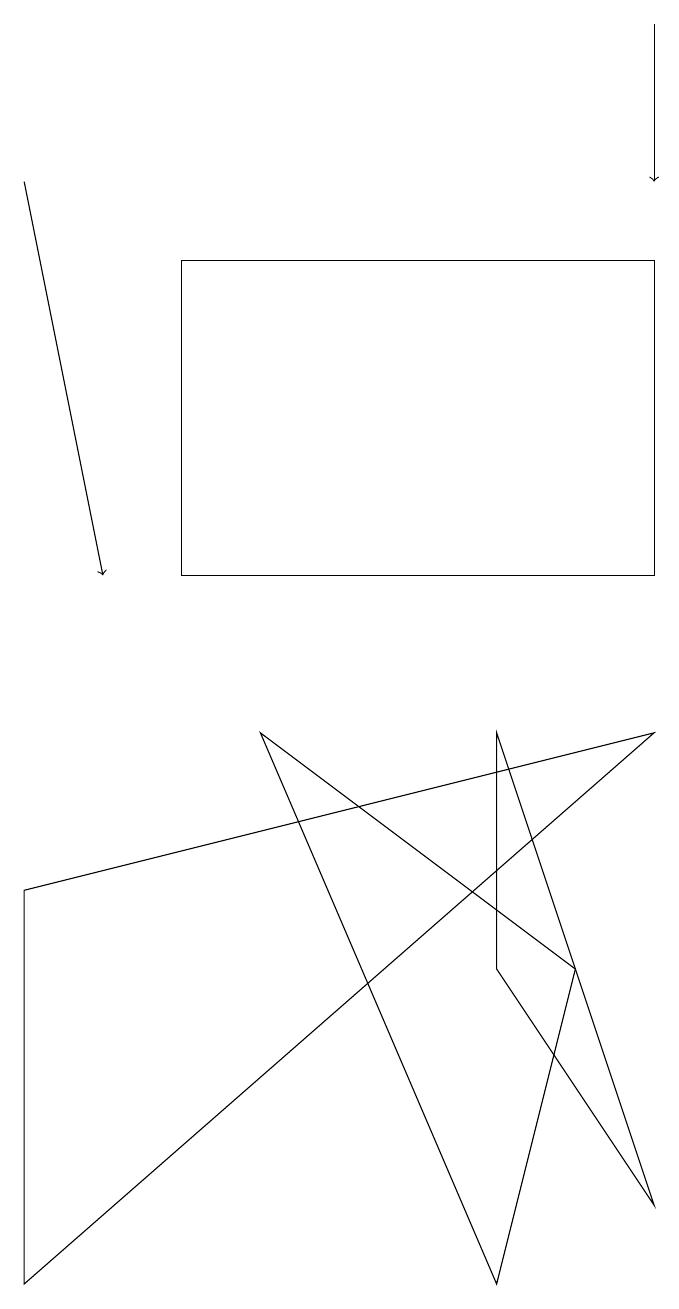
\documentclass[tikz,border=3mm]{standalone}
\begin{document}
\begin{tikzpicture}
\draw (3,14) rectangle (9,10);
\draw (1,6) -- (1,1) -- (9,8) -- cycle;
\draw (7,8) -- (9,2) -- (7,5) -- cycle;
\draw[->] (9,17) -- (9,15);
\draw (8,5) -- (4,8) -- (7,1) -- cycle;
\draw[->] (1,15) -- (2,10);
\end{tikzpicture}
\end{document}